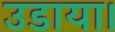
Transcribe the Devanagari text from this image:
उडाया।